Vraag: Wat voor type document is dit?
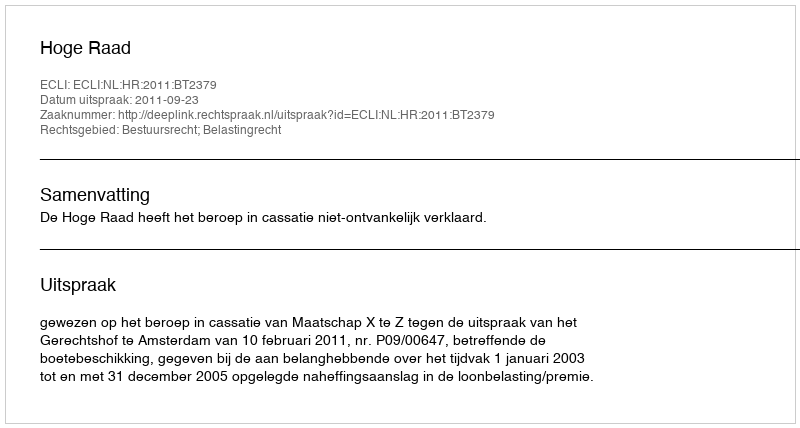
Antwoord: Uitspraak